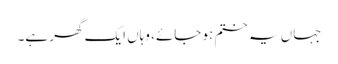
جہاں یہ ختم ہو جائے، وہاں ایک گھر ہے۔